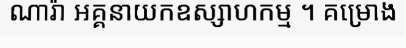
ណារ៉ា អគ្គនាយកឧស្សាហកម្ម ។ គម្រោង